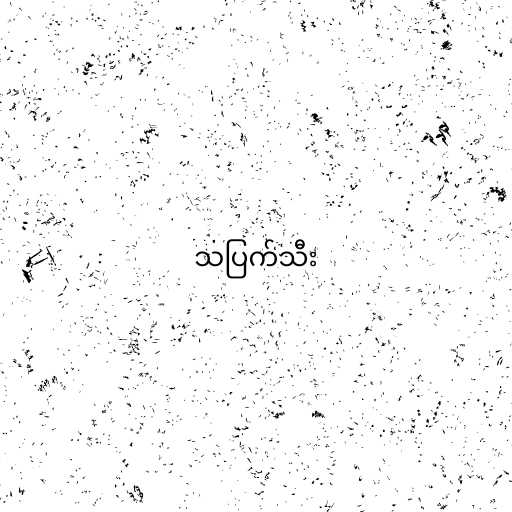
သပြက်သီး